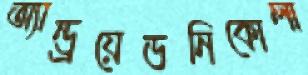
অ্যান্ড্রয়েডনিকোলা